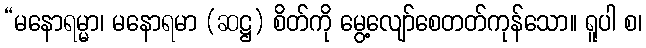
“မနောရမ္မာ၊ မနောရမာ (ဆဋ္ဌ) စိတ်ကို မွေ့လျော်စေတတ်ကုန်သော။ ရူပါ စ၊